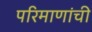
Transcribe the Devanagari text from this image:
परिमाणांची